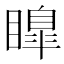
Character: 𭿟